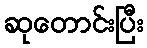
ဆုတောင်းပြီး